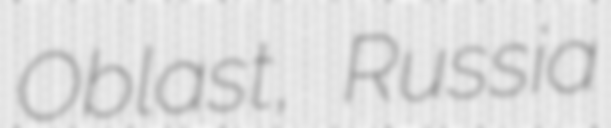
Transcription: Oblast, Russia